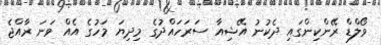
ވޯލްޑް ރޭންކިންގައި ދެކުނު އޭޝިއާ ސަރަހައްދުގެ މިދިޔަ މަހުގެ އެއް ވަނަ ރާއްޖެ